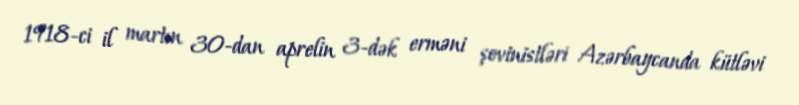
1918-ci il martın 30-dan aprelin 3-dək erməni şovinistləri Azərbaycanda kütləvi